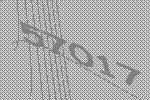
57017